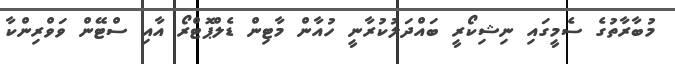
މުބާރާތުގެ ސެމީގައި ނިޝިކޯރީ ބައްދަލުކުރާނީ ހުއާން މާޓިން ޑެލްޕޮޓްރޯ އާއި ސްޓޭން ވަވްރިންކާ